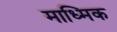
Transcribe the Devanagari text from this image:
माध्मिक